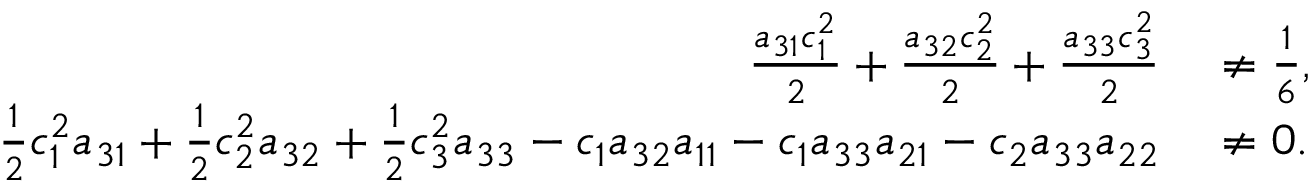
\begin{array} { r l } { \frac { a _ { 3 1 } c _ { 1 } ^ { 2 } } { 2 } + \frac { a _ { 3 2 } c _ { 2 } ^ { 2 } } { 2 } + \frac { a _ { 3 3 } c _ { 3 } ^ { 2 } } { 2 } } & { { } \ne \frac { 1 } { 6 } , } \\ { \frac { 1 } { 2 } c _ { 1 } ^ { 2 } a _ { 3 1 } + \frac { 1 } { 2 } c _ { 2 } ^ { 2 } a _ { 3 2 } + \frac { 1 } { 2 } c _ { 3 } ^ { 2 } a _ { 3 3 } - c _ { 1 } a _ { 3 2 } a _ { 1 1 } - c _ { 1 } a _ { 3 3 } a _ { 2 1 } - c _ { 2 } a _ { 3 3 } a _ { 2 2 } } & { { } \ne 0 . } \end{array}